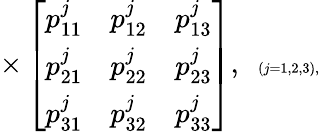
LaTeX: \times\left[\begin{array}{rrr}{{p_{11}^{j}}}&{{p_{12}^{j}}}&{{p_{13}^{j}}}\\ {{p_{21}^{j}}}&{{p_{22}^{j}}}&{{p_{23}^{j}}}\\ {{p_{31}^{j}}}&{{p_{32}^{j}}}&{{p_{33}^{j}}}\end{array}\right],\verb + +\scriptscriptstyle{(j=1,2,3)},